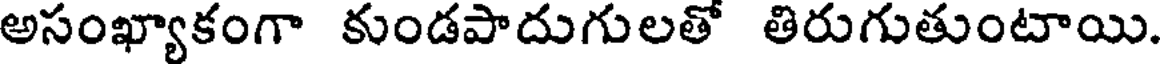
అసంఖ్యాకంగా కుండపాదుగులతో తిరుగుతుంటాయి.